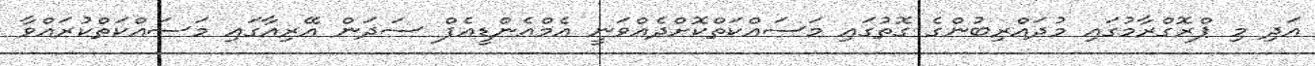
އަދި މި ޕްރޮގްރާމުގައި މުދައްރިބުންގެ ގޮތުގައި މަސައްކަތްކޮށްދެއްވަނީ އެމްއެންޑީއެފް ސަދަން އޭރިއާގައި މަސައްކަތްކުރައްވާ